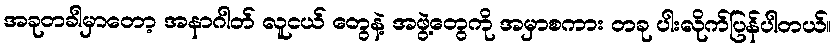
အခုတခါမှာတော့ အနာဂါတ် လူငယ် တွေနဲ့ အဖွဲ့တွေကို အမှာစကား တခု ပါးလိုက်ပြန်ပါတယ်။